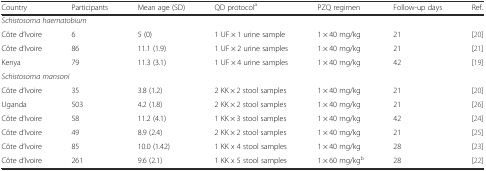
| Country | Participants | Mean age (SD) | QD protocola | PZQ regimen | Follow-up days | Ref. |
 | --- | --- | --- | --- | --- | --- | --- |
 | <COLSPAN=7> Schistosoma haematobium |
 | Côte d’Ivoire | 6 | 5 (0) | 1 UF × 1 urine sample | 1 × 40 mg/kg | 21 | [20] |
 | Côte d’Ivoire | 86 | 11.1 (1.9) | 1 UF × 2 urine samples | 1 × 40 mg/kg | 21 | [21] |
 | Kenya | 79 | 11.3 (3.1) | 1 UF × 4 urine samples | 1 × 40 mg/kg | 42 | [19] |
 | <COLSPAN=7> Schistosoma mansoni |
 | Côte d’Ivoire | 35 | 3.8 (1.2) | 2 KK × 2 stool samples | 1 × 40 mg/kg | 21 | [20] |
 | Uganda | 503 | 4.2 (1.8) | 2 KK × 2 stool samples | 1 × 40 mg/kg | 21 | [26] |
 | Côte d’Ivoire | 58 | 11.2 (4.1) | 1 KK × 3 stool samples | 1 × 40 mg/kg | 42 | [24] |
 | Côte d’Ivoire | 49 | 8.9 (2.4) | 2 KK × 2 stool samples | 1 × 40 mg/kg | 21 | [25] |
 | Côte d’Ivoire | 85 | 10.0 (1.42) | 1 KK x 4 stool samples | 1 × 40 mg/kg | 28 | [23] |
 | Côte d’Ivoire | 261 | 9.6 (2.1) | 1 KK x 5 stool samples | 1 × 60 mg/kgb | 28 | [22] |